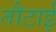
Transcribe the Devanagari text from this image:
तौटाई